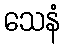
သေနံ